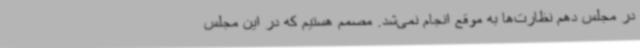
در مجلس دهم نظارت‌ها به موقع انجام نمی‌شد. مصمم هستیم که در این مجلس